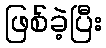
ဖြစ်ခဲ့ပြီး